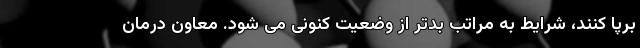
برپا کنند، شرایط به مراتب بدتر از وضعیت کنونی می شود. معاون درمان